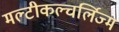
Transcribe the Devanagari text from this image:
मल्टीकल्चर्लिज्म